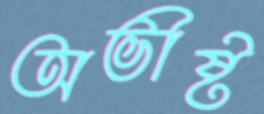
অভীষ্ট